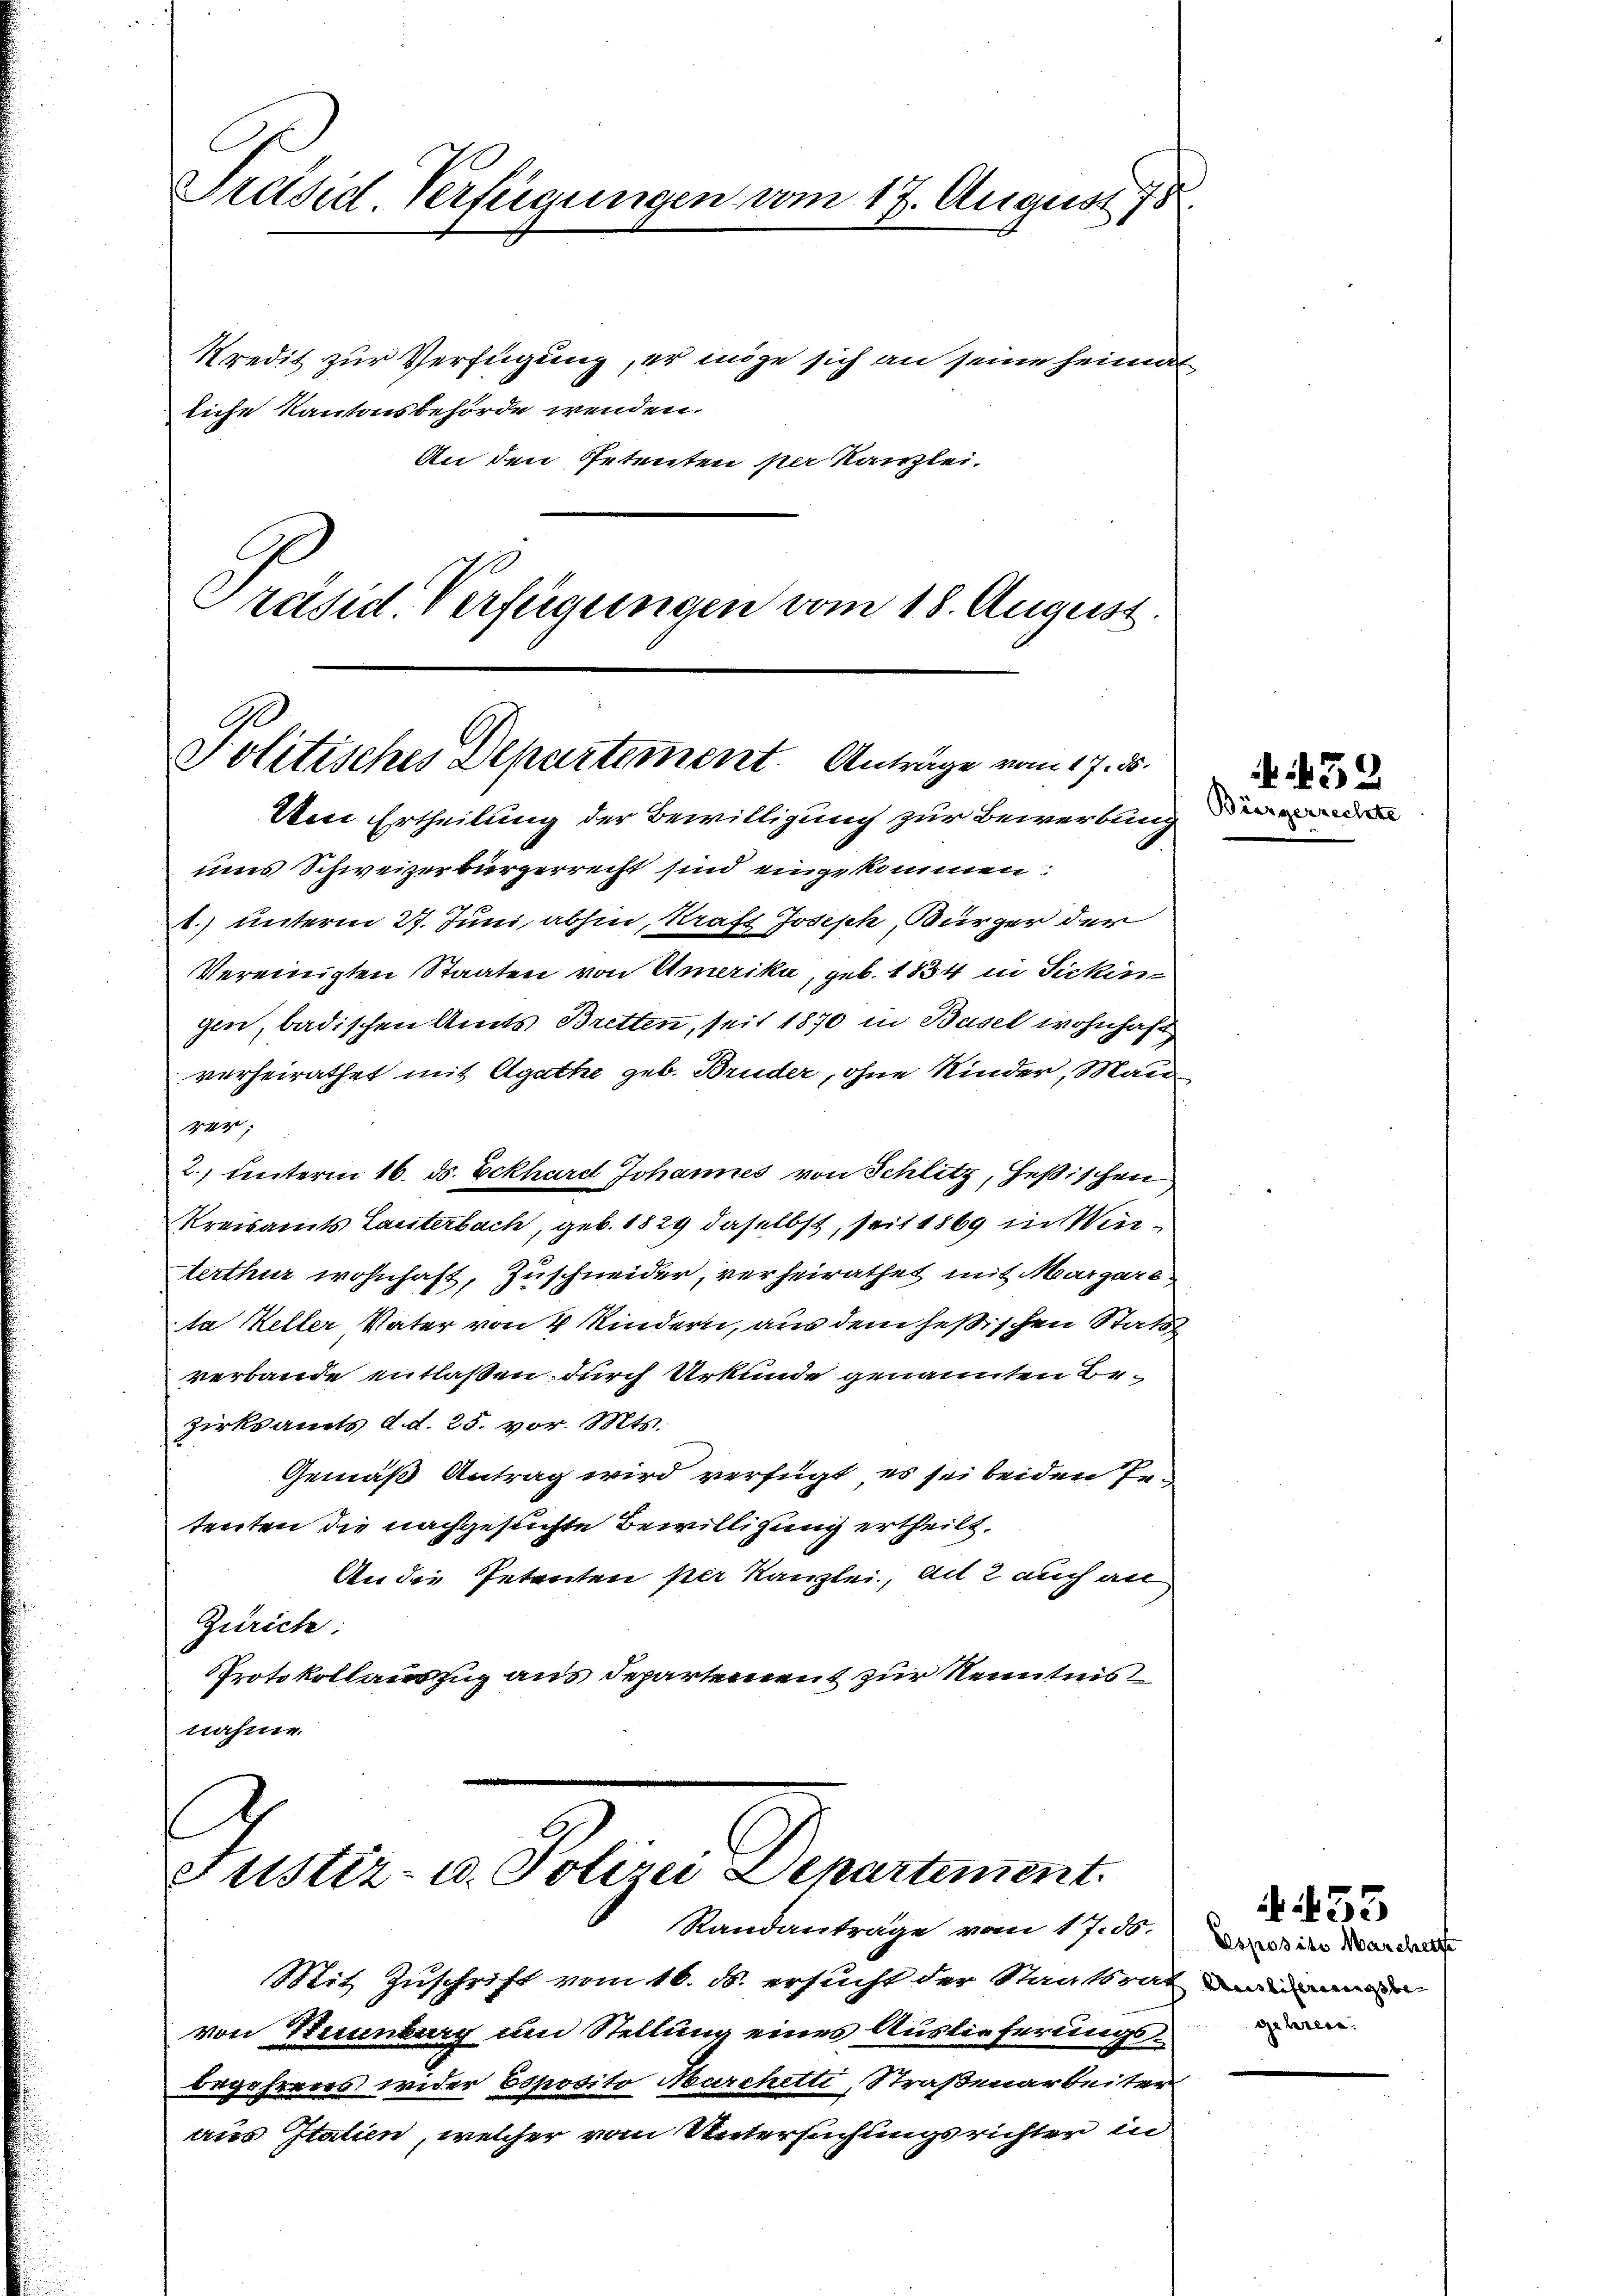
Präsid. Verfügungen vom 17. August 178.

Kredit zur Verfügung, er möge sich an seine heimat
liche Kantonsbehörde wenden.
An den Petenten per Kanzlei.
Präsid Verfügungen vom 18. August.

Politisches Departement. Anträge vom 17. 5.

Um Ertheilung der Bewilligung zur Bewerbung

uns Schweizerbürgerrecht sind eingekommen:
.) unterm 27. Juni abhin, Kraft Joseph, Bürger der
Vereinigten Staaten von Amerika, geb. 1834 in Sicken
gen, badischen Amts Bretten, seit 1870 in Basel wohnhaft
verheirathet mit Agathe geb. Bruder, ohne Kinder, Mand
rer;
2. unterm 16. ds. Eckhard Johannes von Schlitz, Heßischen
Kreisamts Lauterbach, geb. 1829 daselbst, seit 1869 in Winterthur wohnhaft, Zuschneider, verheirathet mit Margare
la Keller Vater von 4 Kindern, aus dem heßischen Stats
verbande entlaßen durch Urkunde genannten Bezirksamts d. d. 25. vor. Mts.
Gemäß Antrag wird verfügt, es sei beiden Getenten die nachgesuchte Bewilligung ertheilt,
An die Petenten per Kanzlei, an 2 auch an
Zürich:
Protokollauszug aus Departement zur Kenntnis
nahme.
ettstiz- u. Polizei Departement.

Randanträge vom 17. ds.

Mit Zuschrift vom 16. ds. ersucht der Staatsrat die
von Stunnburg um Stellung eines Auslieferungsbegehrens wider Esposito Marchetti, Straßenarbeiter
aus Italien, welcher vom Untersuchungsrichter in

452
Bürgerrechts

Esposite Marcherte
gehren.

4453